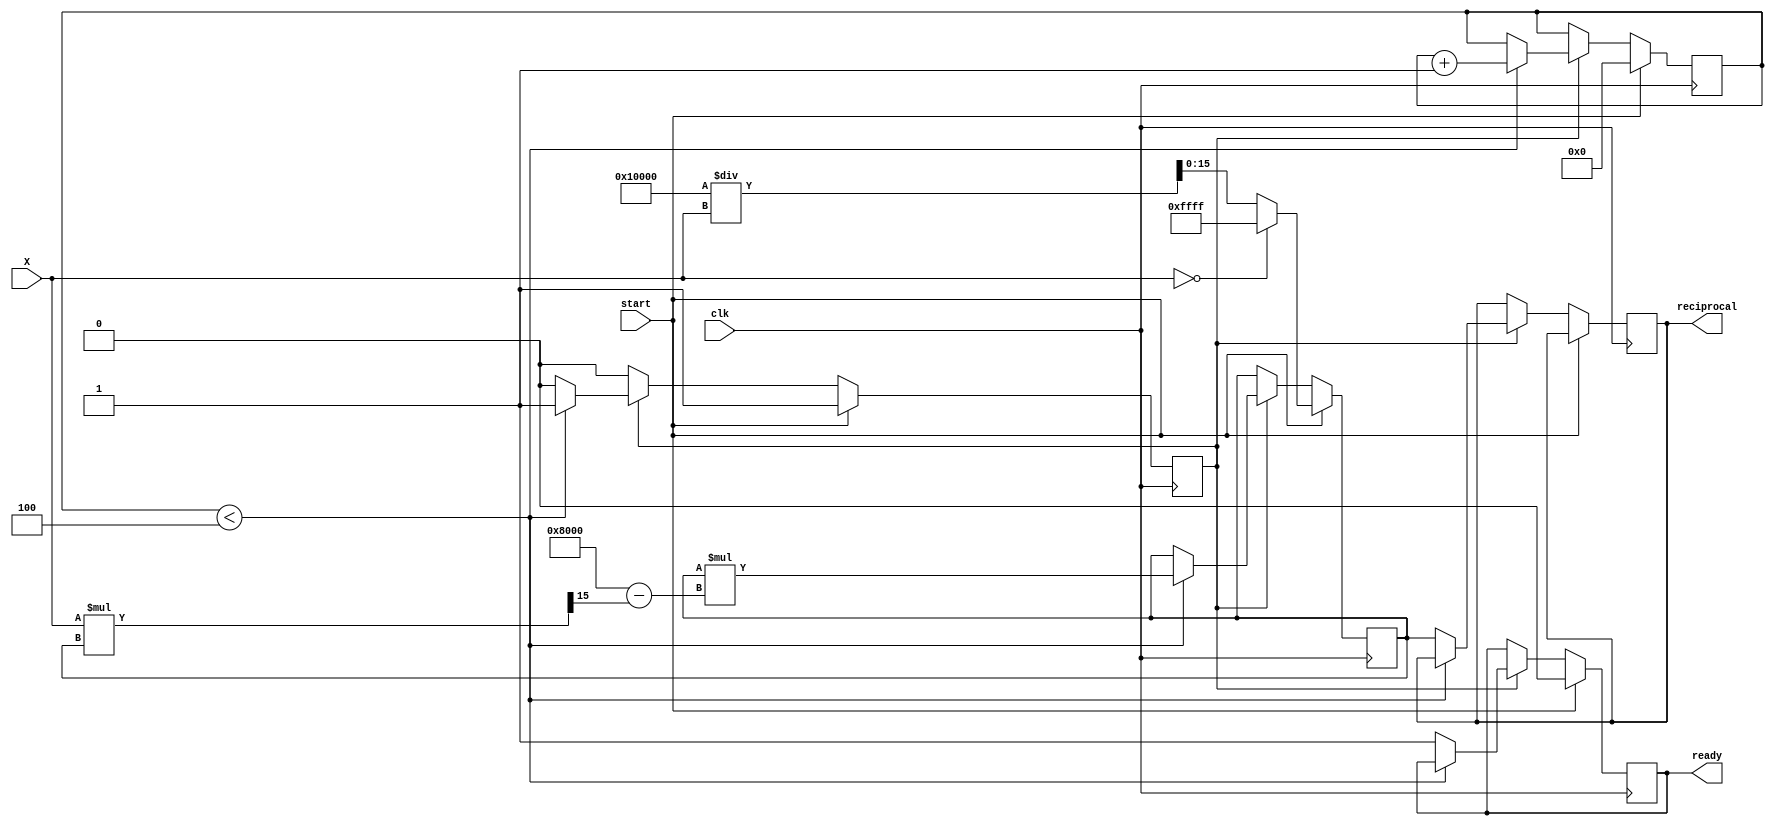
module BitwiseReciprocal (
    input  wire [15:0] X,          // 16-bit input
    input  wire clk,                // Clock signal
    input  wire start,              // Start signal for computation
    output reg [15:0] reciprocal,   // 16-bit reciprocal output
    output reg ready                // Output ready signal
);

    reg [15:0] estimate;            // Current estimate of the reciprocal
    reg [3:0] iteration_count;       // Iteration counter
    reg computing;                   // Flag to indicate computation state

    // Parameters
    parameter MAX_ITERATIONS = 4;   // Number of iterations for refinement

    // Initial estimate based on bit shifting
    function [15:0] initial_estimate;
        input [15:0] value;
        begin
            if (value == 0) begin
                initial_estimate = 16'hFFFF; // Handle division by zero
            end else begin
                initial_estimate = (1 << 16) / value; // Initial estimate as 1 << 16 / X
            end
        end
    endfunction

    // Iterative refinement using Newton-Raphson method
    always @(posedge clk) begin
        if (start) begin
            estimate <= initial_estimate(X); // Calculate initial estimate
            iteration_count <= 0;             // Reset iteration counter
            computing <= 1;                   // Start computation
            ready <= 0;                       // Output not ready
        end else if (computing) begin
            if (iteration_count < MAX_ITERATIONS) begin
                // Newton-Raphson iteration: estimate = estimate * (2 - X * estimate)
                estimate <= estimate * (16'h8000 - (X * estimate >> 15)); // 2^15 = 32768
                iteration_count <= iteration_count + 1; // Increment iteration count
            end else begin
                reciprocal <= estimate; // Final estimate
                ready <= 1;            // Set output ready
                computing <= 0;        // Stop computation
            end
        end
    end

endmodule